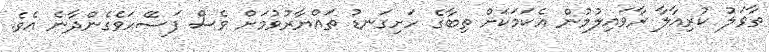
ތާވަލު ކުރިއާލާ ރާވައިލުމުން އެކަމަކަށް ތިބާގެ ހަށިގަނޑު ތައްޔާރުވުމަށް ވެސް ފަސޭހަވެގެންދާނެ އެވެ.